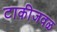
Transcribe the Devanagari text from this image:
टाकीजवळ